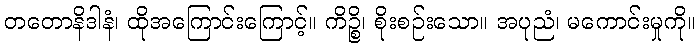
တတောနိဒါနံ၊ ထိုအကြောင်းကြောင့်။ ကိဉ္စိ၊ စိုးစဉ်းသော။ အပုညံ၊ မကောင်းမှုကို။